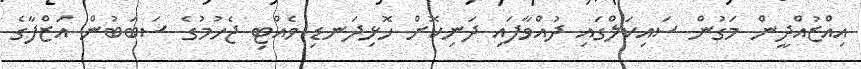
އިއްޒުއްދީން މަގުން ސައިކަލްގައި ދުއްވާފައި ދަނިކޮށް ހޮޅިދަނޑި ވެއްޓި ޖެހުމުގެ ސަބަބުން އަޒްފާގެ